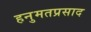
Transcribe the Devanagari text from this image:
हनुमतप्रसाद